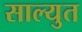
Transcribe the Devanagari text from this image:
साल्युत